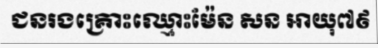
ជនរងគ្រោះឈ្មោះម៉ែន សន អាយុ៧៩